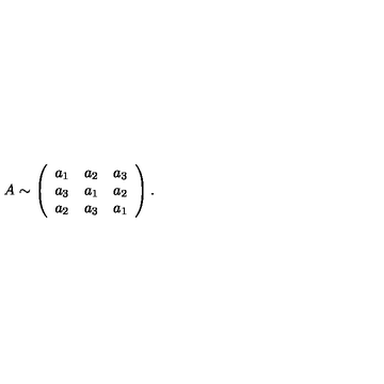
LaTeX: A \sim \left( \begin{array} { c c c } { a _ { 1 } } & { a _ { 2 } } & { a _ { 3 } } \\ { a _ { 3 } } & { a _ { 1 } } & { a _ { 2 } } \\ { a _ { 2 } } & { a _ { 3 } } & { a _ { 1 } } \\ \end{array} \right) .